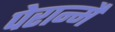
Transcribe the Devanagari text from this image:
पेरान्मै